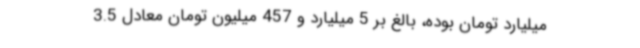
میلیارد تومان بوده، بالغ بر 5 میلیارد و 457 میلیون تومان معادل 3.5